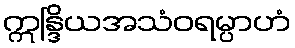
ဣန္ဒြိယအသံဝရမ္ပာဟံ